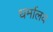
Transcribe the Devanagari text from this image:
धर्मालय